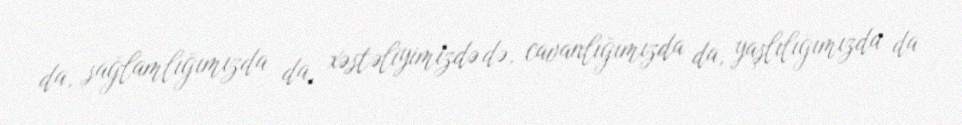
da, sağlamlığımızda da, xəstəliyimizdə də, cavanlığımızda da, yaşlılığımızda da